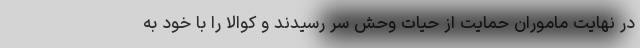
در نهایت ماموران حمایت از حیات وحش سر رسیدند و کوالا را با خود به